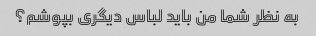
به نظر شما من باید لباس دیگری بپوشم؟